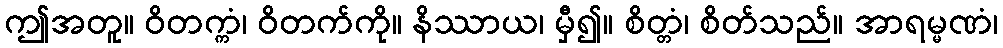
ဤအတူ။ ဝိတက္ကံ၊ ဝိတက်ကို။ နိဿာယ၊ မှီ၍။ စိတ္တံ၊ စိတ်သည်။ အာရမ္မဏံ၊